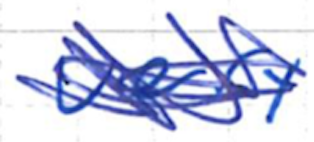
Text: very
Cross-out: scratch
Writing tool: ballpoint